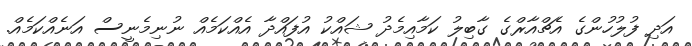
އަދި ފުލުހުންގެ އެޗްއާރްގެ ގާބިލު ކަމާއިމެދު ޝައްކު އުފައްދާ އެއްކަމެއް ނުނިމެނީސް އަނެއްކަމެއް.